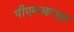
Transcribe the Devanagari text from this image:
पीएमआरएस